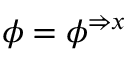
\phi = \phi ^ { \Rightarrow x }